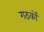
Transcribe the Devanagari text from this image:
गठकों